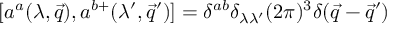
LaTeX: [ a ^ { a } ( \lambda , \vec { q } ) , a ^ { b + } ( \lambda ^ { \prime } , \vec { q } ^ { \prime } ) ] = \delta ^ { a b } \delta _ { \lambda \lambda ^ { \prime } } ( 2 \pi ) ^ { 3 } \delta ( \vec { q } - \vec { q } ^ { \prime } )